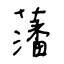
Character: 藩